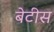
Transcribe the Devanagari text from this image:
बेटीस